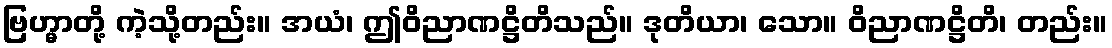
ဗြဟ္မာတို့ ကဲ့သို့တည်း။ အယံ၊ ဤဝိညာဏဋ္ဌိတိသည်။ ဒုတိယာ၊ သော။ ဝိညာဏဋ္ဌိတိ၊ တည်း။